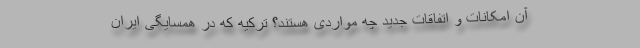
آن امکانات و اتفاقات جدید چه مواردی هستند؟ ترکیه که در همسایگی ایران